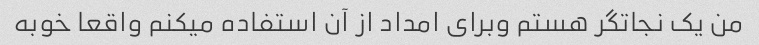
من یک نجاتگر هستم وبرای امداد از آن استفاده میکنم واقعا خوبه